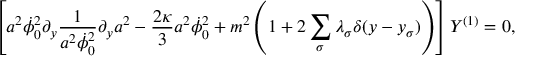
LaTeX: \left[ a ^ { 2 } \dot { \phi } _ { 0 } ^ { 2 } \partial _ { y } \frac { 1 } { a ^ { 2 } \dot { \phi } _ { 0 } ^ { 2 } } \partial _ { y } a ^ { 2 } - \frac { 2 \kappa } { 3 } a ^ { 2 } \dot { \phi } _ { 0 } ^ { 2 } + m ^ { 2 } \left( 1 + 2 \sum _ { \sigma } \lambda _ { \sigma } \delta ( y - y _ { \sigma } ) \right) \right] Y ^ { ( 1 ) } = 0 ,